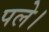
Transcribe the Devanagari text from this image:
पले।